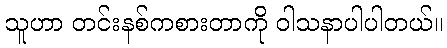
သူဟာ တင်းနစ်ကစားတာကို ဝါသနာပါပါတယ်။